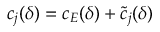
c _ { j } ( \delta ) = c _ { E } ( \delta ) + \tilde { c } _ { j } ( \delta )